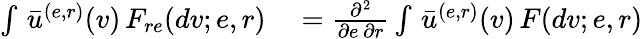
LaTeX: \begin{array}{rl}{\int\, \bar{u}^{(e,r)}(v)\, F_{re}(dv;e,r)}&{{}=\frac{\partial^{2}}{\partial e\, \partial r}\int\, \bar{u}^{(e,r)}(v)\, F(dv;e,r)}\end{array}